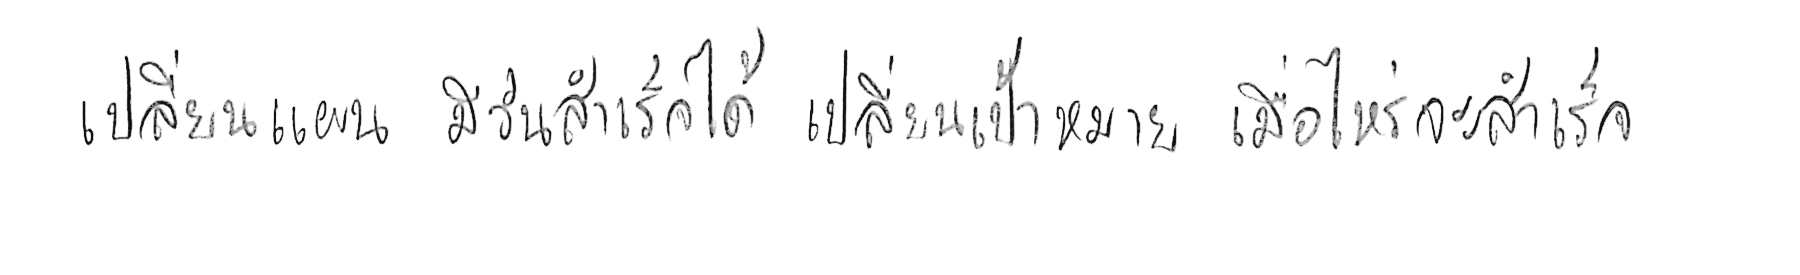
เปลี่ยนแผน มีวันสำเร็จได้ เปลี่ยนเป้าหมาย เมื่อไหร่จะสำเร็จ